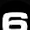
Digit: 6